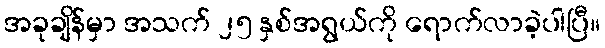
အခုချိန်မှာ အသက် ၂၅ နှစ်အရွယ်ကို ရောက်လာခဲ့ပါပြီ။